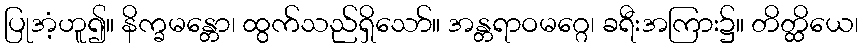
ပြုအံ့ဟူ၍။ နိက္ခမန္တော၊ ထွက်သည်ရှိသော်။ အန္တရာဝမဂ္ဂေ၊ ခရီးအကြား၌။ တိတ္ထိယေ၊